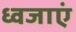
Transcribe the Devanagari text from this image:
ध्वजाएं